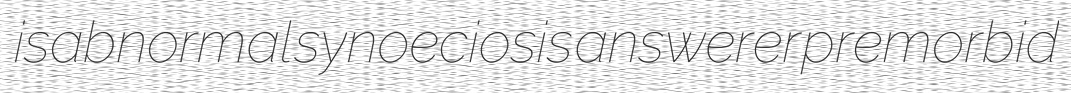
isabnormal synoeciosis answerer premorbid